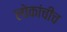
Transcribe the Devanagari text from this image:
लोकांचीच